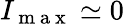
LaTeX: I_{\mathrm{~m~a~x~}}\simeq 0